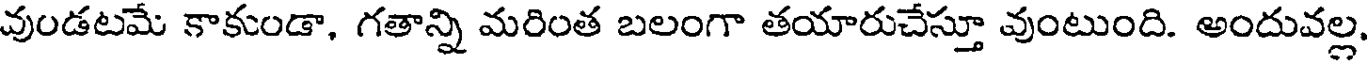
వుండటమే కాకుండా, గతాన్ని మరింత బలంగా తయారుచేస్తూ వుంటుంది. అందువల్ల